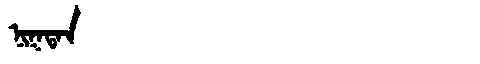
Manchu: ᠨᡳᡴᡨᠠᠨ
Romanization: NIKTAN